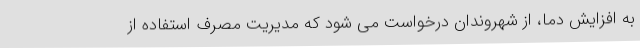
به افزایش دما، از شهروندان درخواست می شود که مدیریت مصرف استفاده از